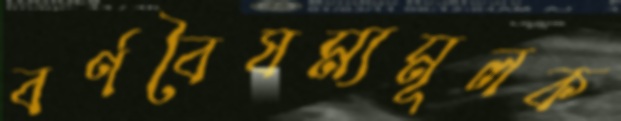
বর্ণবৈষম্যমূলক